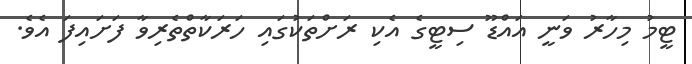
ޓީމު މިހާރު ވަނީ އައްޑޫ ސިޓީގެ އެކި ރަށްތަކުގައި ހަރަކާތްތެރިވާ ފަށައިފަ އެވެ.